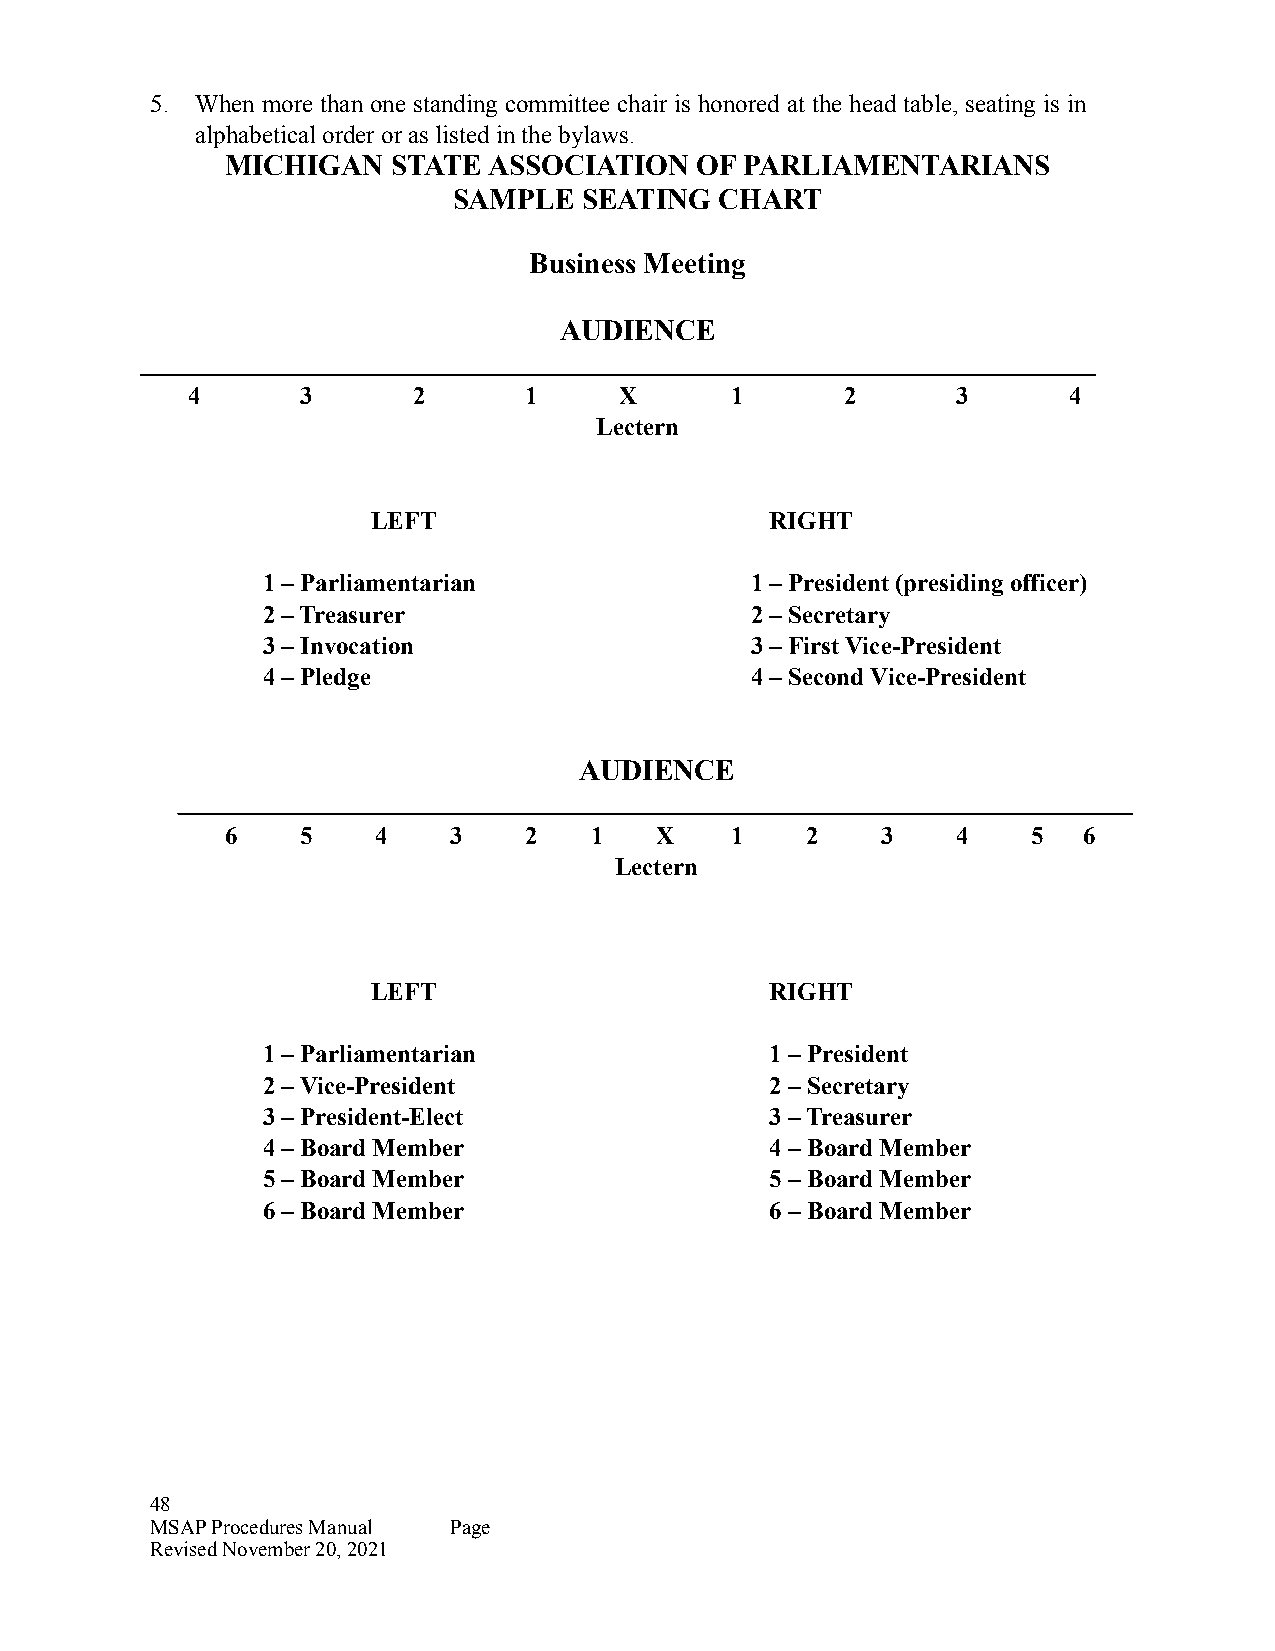
5. When more than one standing committee chair is honored at the head table, seating is in
 alphabetical order or as listed in the bylaws.
 MICHIGAN   STATE ASSOCIATION   OF PARLIAMENTARIANS
 SAMPLE   SEATING  CHART
 Business Meeting
 AUDIENCE
 4       3      2       1     X      1       2      3       4
 Lectern
 LEFT                      RIGHT
 1 – Parliamentarian              1 – President (presiding officer)
 2 – Treasurer                    2 – Secretary
 3 – Invocation                   3 – First Vice-President
 4 – Pledge                       4 – Second Vice-President
 AUDIENCE
 6    5    4    3    2   1   X    1    2    3    4    5   6
 Lectern
 LEFT                      RIGHT
 1 – Parliamentarian               1 – President
 2 – Vice-President                2 – Secretary
 3 – President-Elect               3 – Treasurer
 4 – Board Member                  4 – Board Member
 5 – Board Member                  5 – Board Member
 6 – Board Member                  6 – Board Member
 48
 MSAP Procedures Manual Page
 Revised November 20, 2021